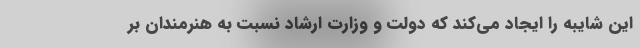
این شایبه را ایجاد می‌کند که دولت و وزارت ارشاد نسبت به هنرمندان بر